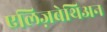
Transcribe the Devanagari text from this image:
एलिज़बेथिअन